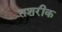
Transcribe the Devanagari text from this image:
तशरीक